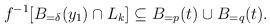
LaTeX: \begin{align*}f^{-1}[B_{=\delta}(y_1)\cap L_k]\subseteq B_{=p}(t)\cup B_{=q}(t).\end{align*}